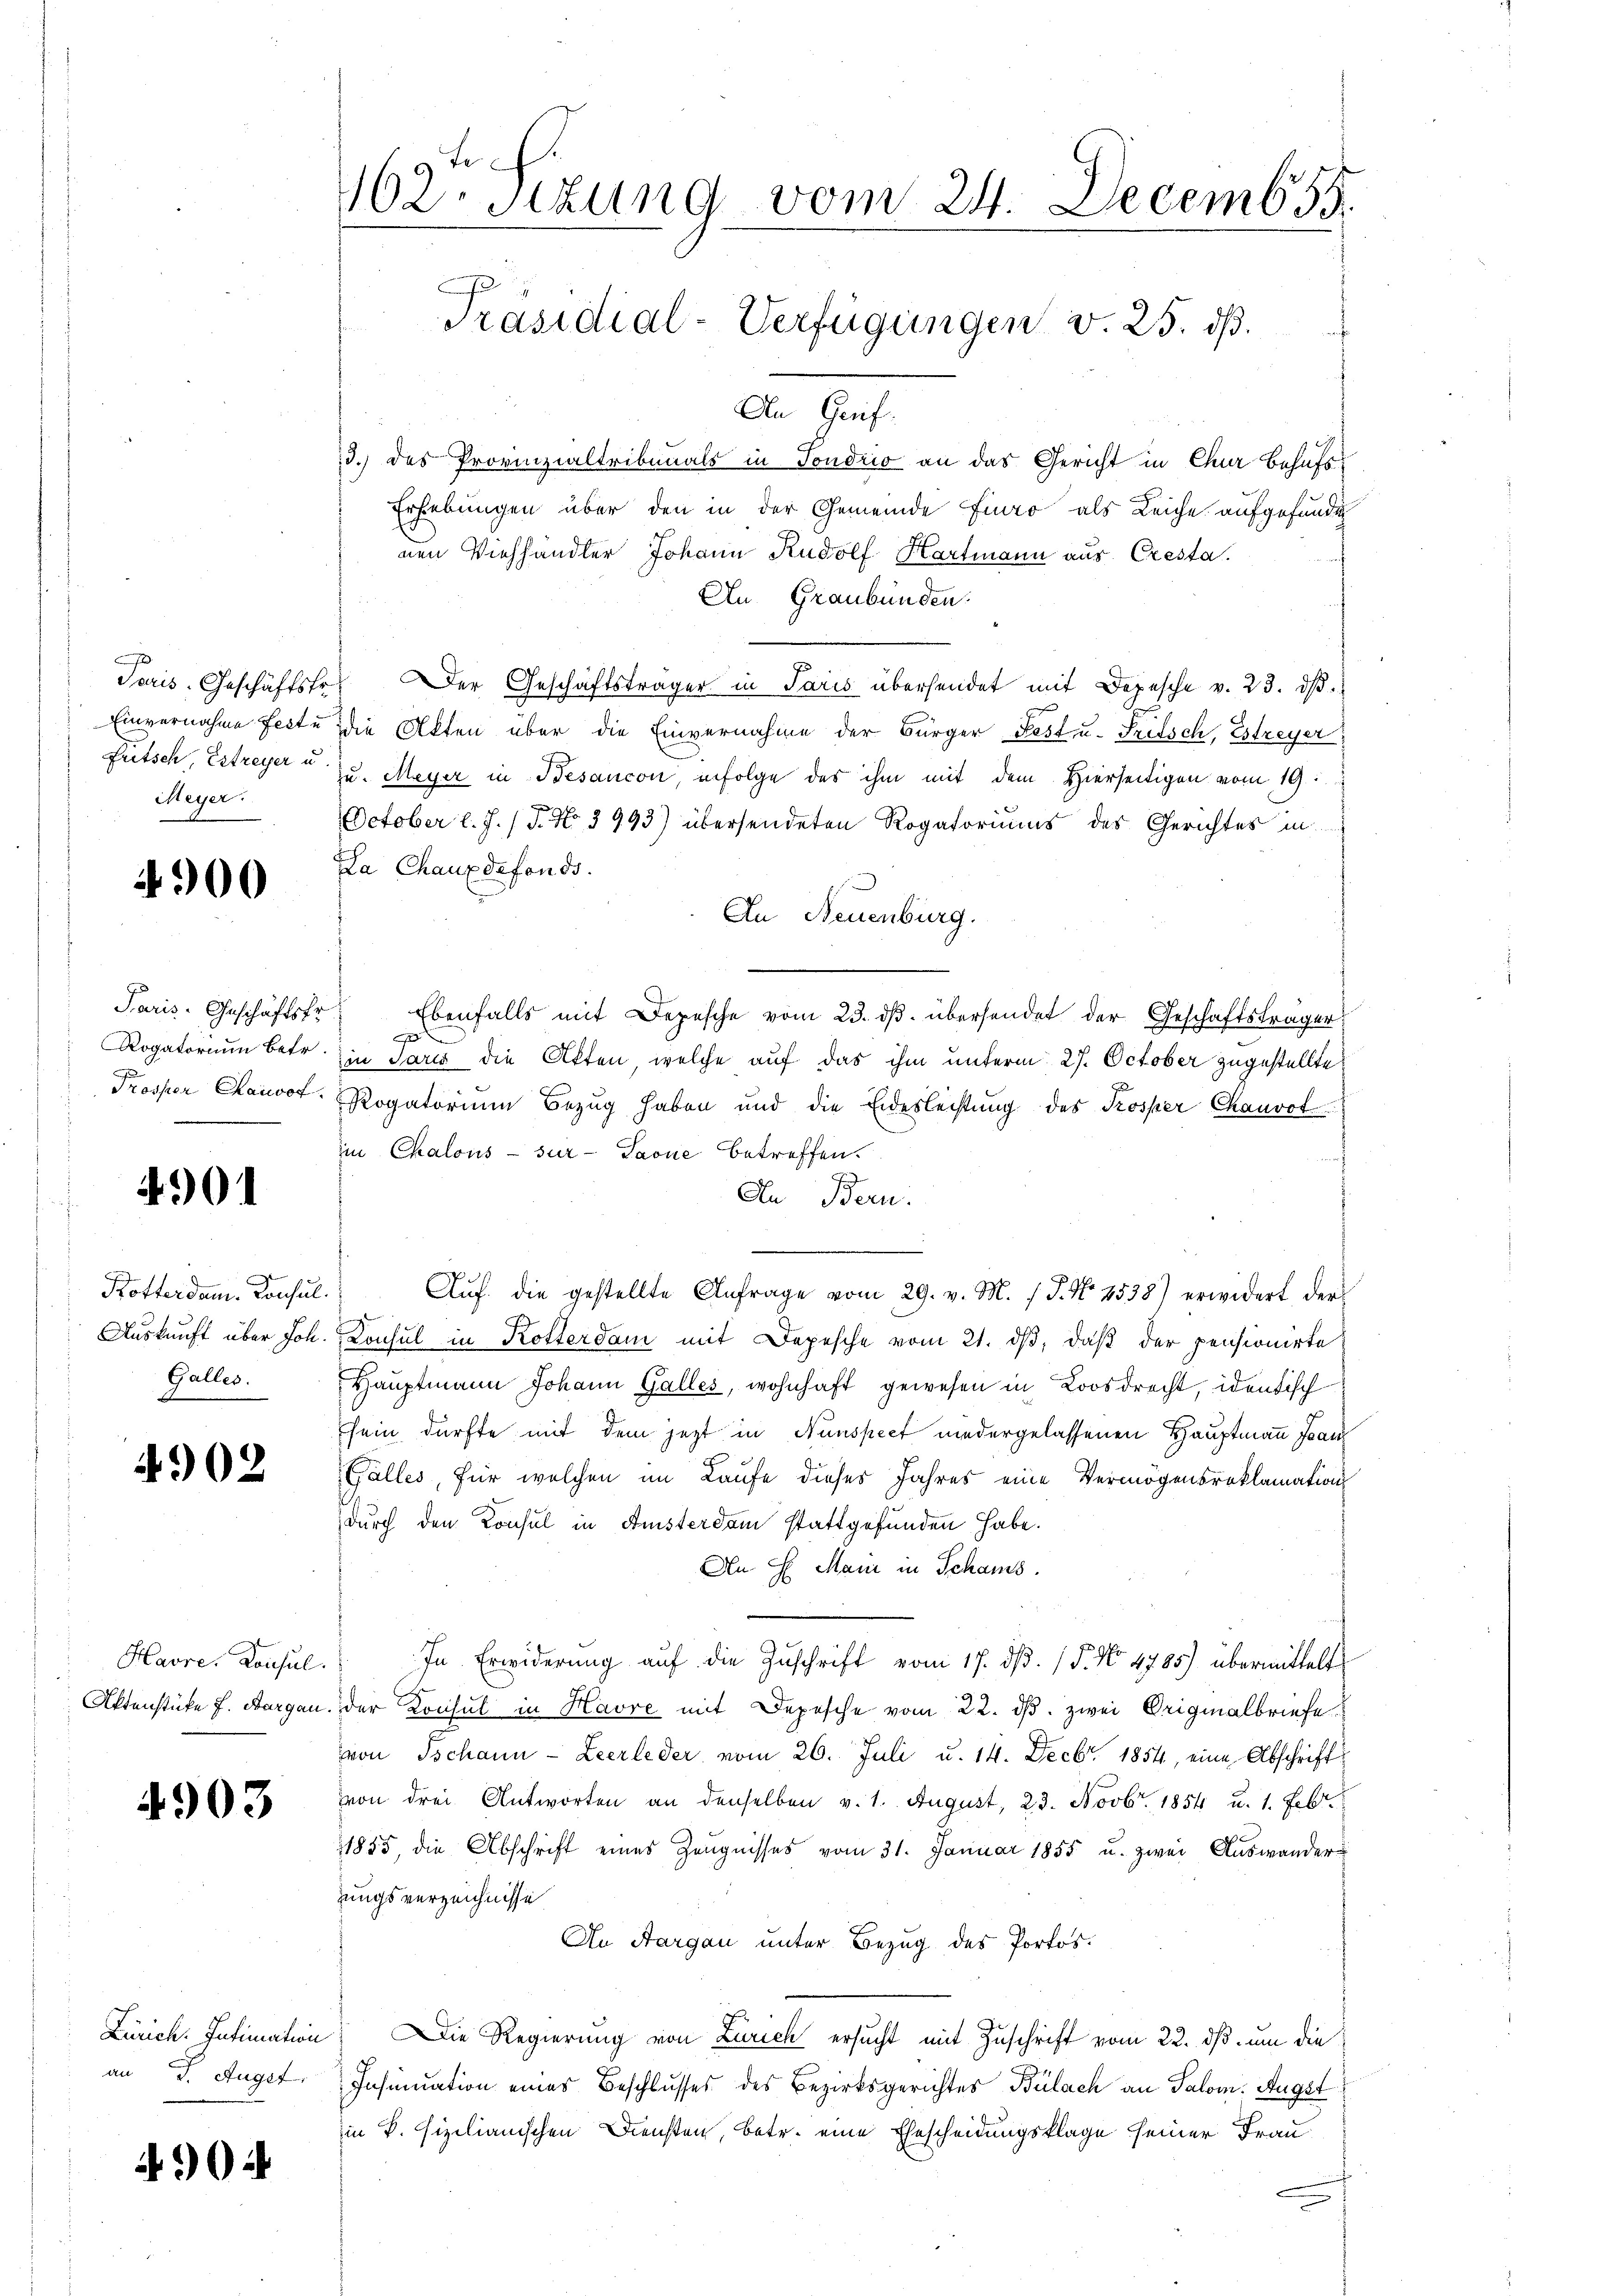
Meyer.

4900

Paris. Geschäftsfr
Rogatorium betr.
Prosper Chausof

4901

Kotterdam. Consul
Auskunft über Joh
Galles.

4902

Havre, Konsul
Aktenstücke f. Burgau

4903

Zürich. Intimation
an J. Auget.

4904

te
162. Sizung vom 24. Decemb 55.
Präsidial-Verfügungen v. 25. dβ.
d
An Greif.

3.) des Provinzialtribunals in Sondrio an das Gericht in Chur Behufs
Erhebungen über den in der Gemeinde Fino als Leiche aufgefunde
nen Viehhändler Johann Rudolf Hartmann aus Cresta
An Graubünden
Toris-Geschäftsfr. Der Geschäftsträger in Paris übersendet mit Depesche v. 23. dβ.
Einvernahme fecte die Akten über die Einvernahme der Bürger Pest u. Fritsch, Estreyer
Lütsch, Estreyer u. zu. Meyer in Besancon, infolge des ihm mit dem Hierseitigen vom 19.
October l. J. (T. No 3993) übersendeten Rogatoriums des Gerichtes in
La Chauxdefonds.
An Neuenburg.
Ebenfalls mit Depesche vom 23. dβ. übersendet der Geschäftsträger
c
in Paris die Akten, welche auf das ihm unterm 27. October zugestellte
Rogatorium Bezug haben und die Eidesleistung des Kosper Chauvot
im Chalous sur - Paone betreffen.
In Bern.
 Aŭf die gestellte Anfrage vom 29. v. M. v. J. No. 4538) erwidert der
.
Konsul in Kotterdam mit Depesche vom 21. dβ, daβ der pensionirte
Haŭptmann Johann Galles, wohnhaft gewesen in Loosdrecht, identisch
sein dürfte mit dem jezt in Nunspect niedergelassenen Hauptmann Joac
Galles, für welchen im Laufe dieses Jahres eine Vermögensreklamations
durch den Konsul in Ansterdam stattgefunden habe.
An H. Mai in Schams.
In Erwiderung auf die Zuschrift vom 17. dβ. / 5. No. 4785) übermittelt
der Konsul in Havre mit Depesche vom 22. ds. zwei Originalbriefe
von Tschann - Leerleder vom 26. Juli u. 14. Decbr. 1854, eine Abschrift
von drei Antworten an denselben v. 1. August, 23. Novbr. 1854 u. 1. Febr.
1855, die Abschrift eines Zeugnisses vom 31. Januar 1855 u. zwei Auswander
zungsverzeichnisse
An Aargau unter Bezug des Portos.
 Die Regierung von Zürich ersŭcht mit Zŭschrift vom 22. dβ ŭm die
Insinuation eines Beschlusses des Bezirksgerichtes Bülach an Salom Augst
in P. fizilianischen Diensten, betr. eine Ehescheidungsklage seiner Frau